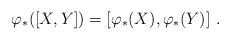
LaTeX: \begin{align*}\varphi _{\ast }([X,Y])=[\varphi _{\ast }(X),\varphi _{\ast }(Y)] \ .\end{align*}